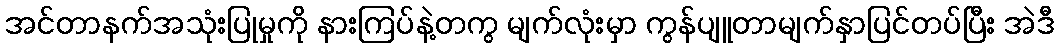
အင်တာနက်အသုံးပြုမှုကို နားကြပ်နဲ့တကွ မျက်လုံးမှာ ကွန်ပျူတာမျက်နှာပြင်တပ်ပြီး အဲဒီ